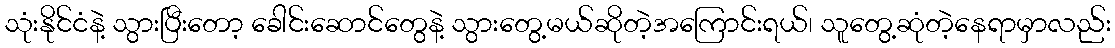
သုံးနိုင်ငံနဲ့ သွားပြီးတော့ ခေါင်းဆောင်တွေနဲ့ သွားတွေ့မယ်ဆိုတဲ့အကြောင်းရယ်၊ သူတွေ့ဆုံတဲ့နေရာမှာလည်း